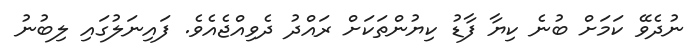
ނުދެވޭ ކަމަށް ބުނެ ކިޔާ ފާޑު ކިޔުންތަކަށް ރައްދު ދެވިއްޖެއެވެ. ފައިނަލުގައި ލިބުނު